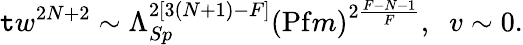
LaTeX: \mathtt{t}w^{2N+2}\sim\Lambda_{Sp}^{2[3(N+1)-F]}\left(\mathrm{{Pf}}m\right)^{2\frac{{F-N-1}}{{F}}},\; \; v\sim0.